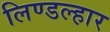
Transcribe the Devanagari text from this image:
लिण्डल्हार